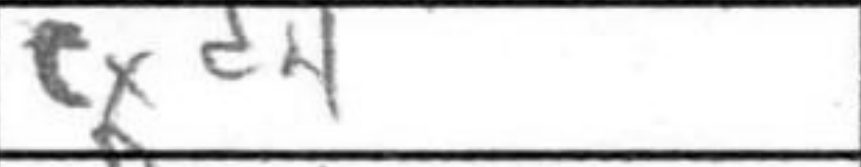
Transcription: cxd4